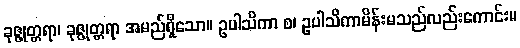
ခုဇ္ဇုတ္တရာ၊ ခုဇ္ဇုတ္တရာ အမည်ရှိသော။ ဥပါသိကာ စ၊ ဥပါသိကာမိန်းမသည်လည်းကောင်း။